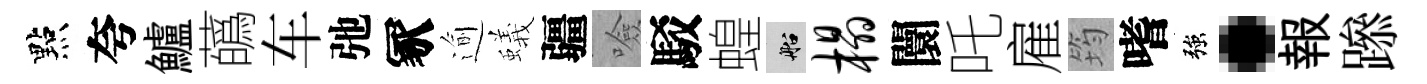
點夸鱸蘤车弛冢逾蟻疆噞駁蝗船榻闤吒雇筠嗜強·報𨅶